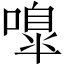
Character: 嘷